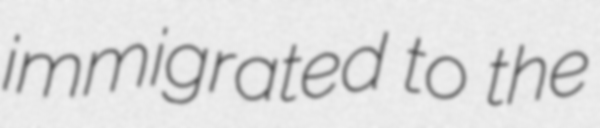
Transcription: immigrated to the